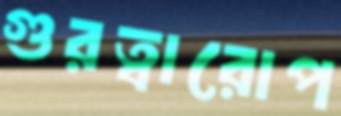
গুরত্বারোপ